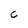
Character: c